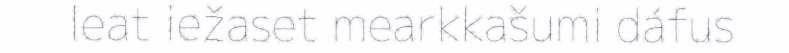
leat iežaset mearkkašumi dáfus